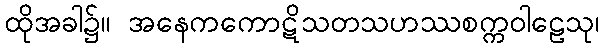
ထိုအခါ၌။ အနေကကောဋိသတသဟဿစက္ကဝါဠေသု၊